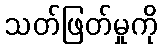
သတ်ဖြတ်မှုကို